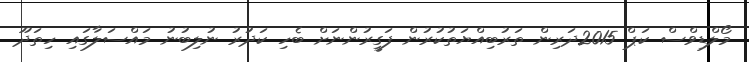
މޯލްޑިވްސް ކަޕް 2015ދަރިން ތަރުބިއްޔަތުކުރުން ފަގީރުންނަށް ބެހި ކަދުރު ނުލިބުނު މައްސަލާގައި ހިތަދޫ